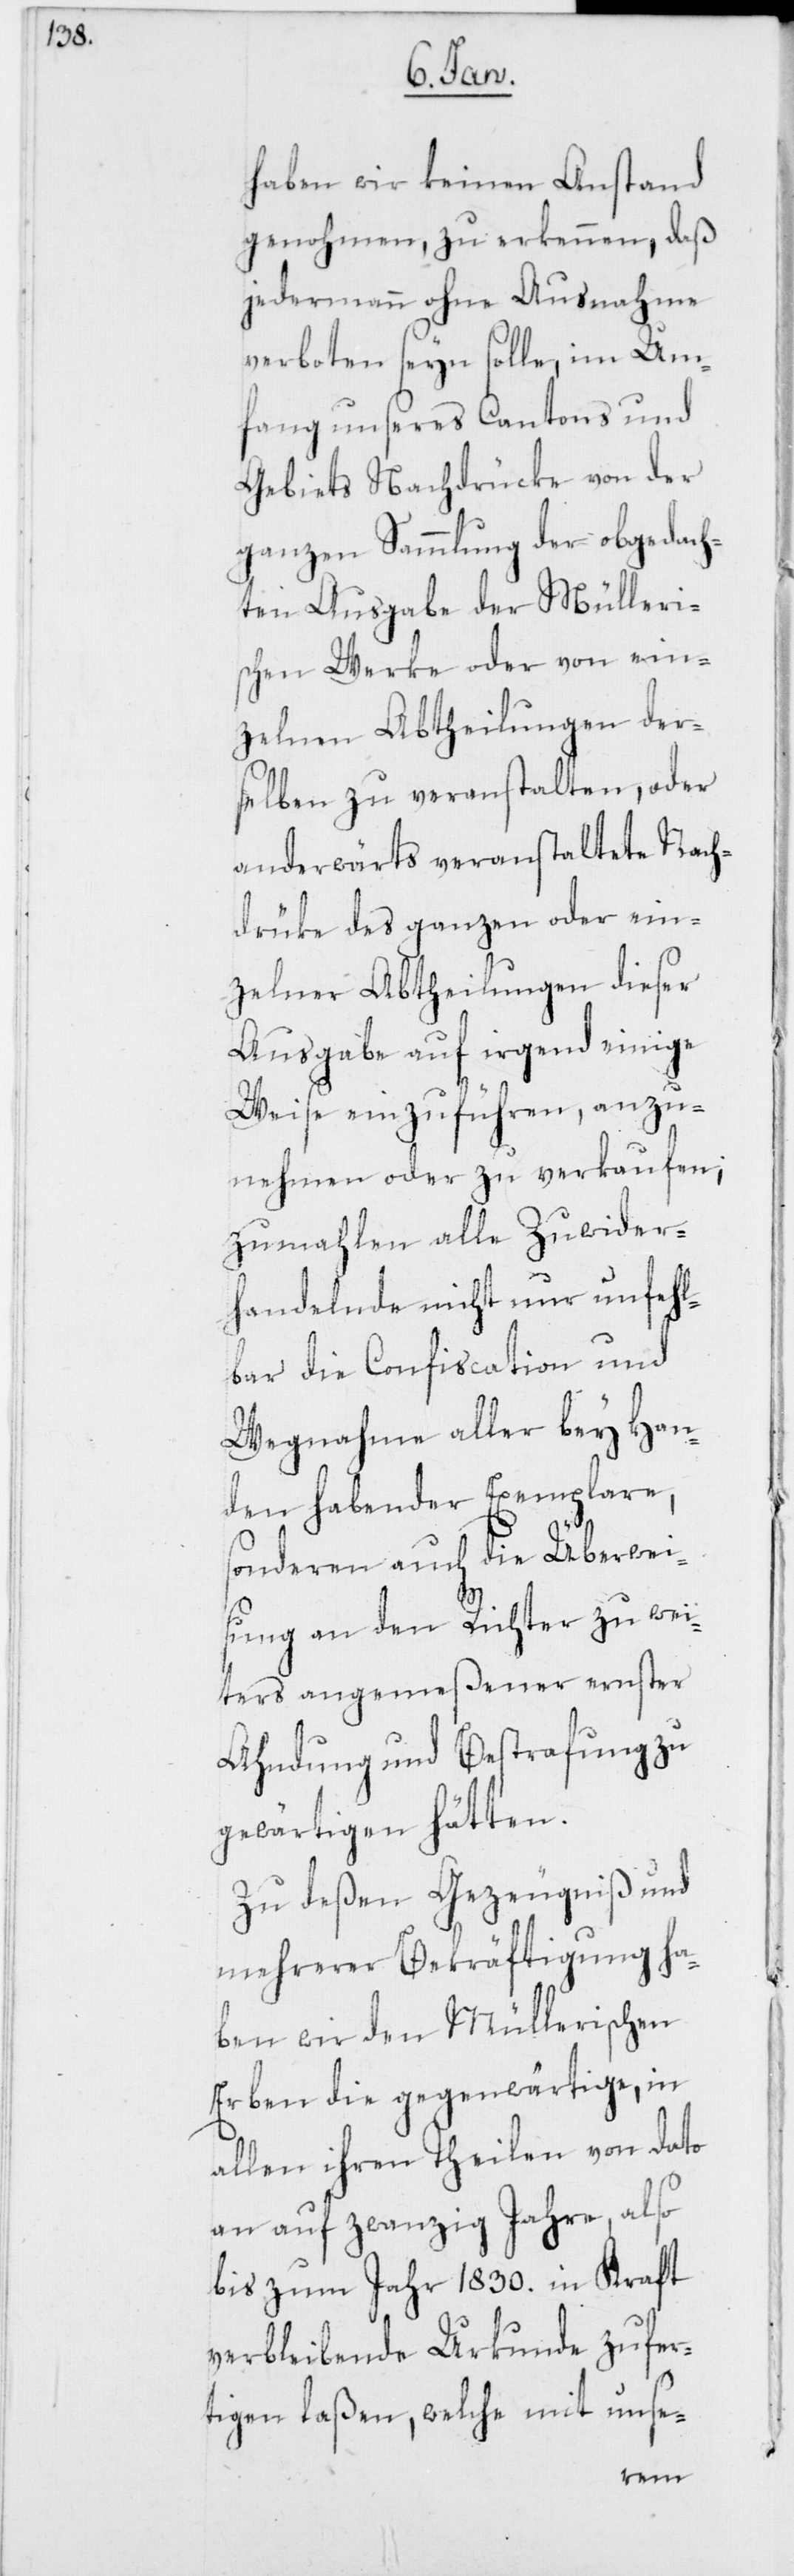
haben wir keinen Anstand
genohmen, zu erkennen, daß
jedermann ohne Ausnahme
verboten seyn solle, im Um¬
fang unseres Cantons und
Gebiets Nachdrücke von der
ganzen Sammlung der obgedach¬
ten Ausgabe der Mülleri¬
schen Werke oder von ein¬
zelnen Abtheilungen der¬
selben zu veranstalten, oder
anderwärts veranstaltete Nach¬
drüke des ganzen oder ein¬
zelner Abtheilungen dieser
Ausgabe auf irgend einige
Weise einzuführen, anzu¬
nehmen oder zu verkaufen;
zumahlen alle Zuwider¬
handelnde nicht nur unfehl¬
bar die Confiscation und
Wegnahme aller bey Han¬
den habender Exemplare,
sonderen auch die Überwei¬
sung an den Richter zu wei¬
ters angemeßener ernster
Ahndung und Bestrafung zu
gewärtigen hätten.
Zu deßen Gezeugniß und
mehrerer Bekräftigung ha¬
ben wir den Müllerischen
Erben die gegenwärtige, in
allen ihren Theilen von dato
an auf zwanzig Jahre, also
bis zum Jahr 1830. in Kraft
verbleibende Urkunde zufer¬
tigen laßen, welche mit unse-